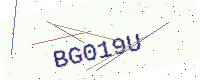
Text: BG019U